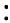
: